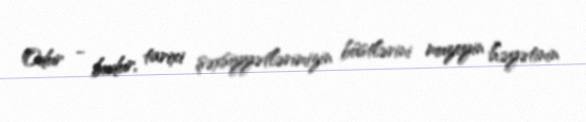
Odur - budur, tarixi şəxsiyyətlərimizin büstlərini muzeyin həyətinin